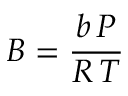
B = { \frac { b \, P } { R \, T } }